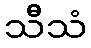
သီသံ